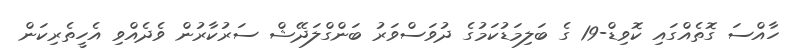
ހާއްސަ ގޮތެއްގައި ކޮވިޑް-19 ގެ ބަލިމަޑުކަމުގެ ދުވަސްވަރު ބަންގްލަދޭޝް ސަރުކާރުން ވެދެއްވި އެހީތެރިކަން